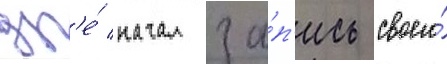
др'е́ начал за́п'ись своего́